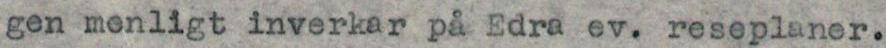
gen menligt inverkar på Edra ev. reseplaner.